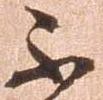
不